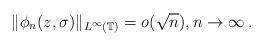
LaTeX: \begin{align*}\|\phi_n(z,\sigma)\|_{L^\infty(\mathbb{T})}=o(\sqrt n), n\to\infty\,.\end{align*}